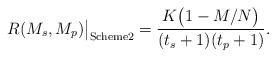
LaTeX: \begin{align*} R(M_s,M_p)\big|_{\textrm{Scheme2}}=\frac{K\big(1-M/{N}\big)}{(t_s+1)(t_p+1)}.\end{align*}